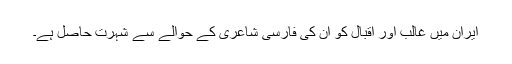
ایران میں غالب اور اقبال کو ان کی فارسی شاعری کے حوالے سے شہرت حاصل ہے۔